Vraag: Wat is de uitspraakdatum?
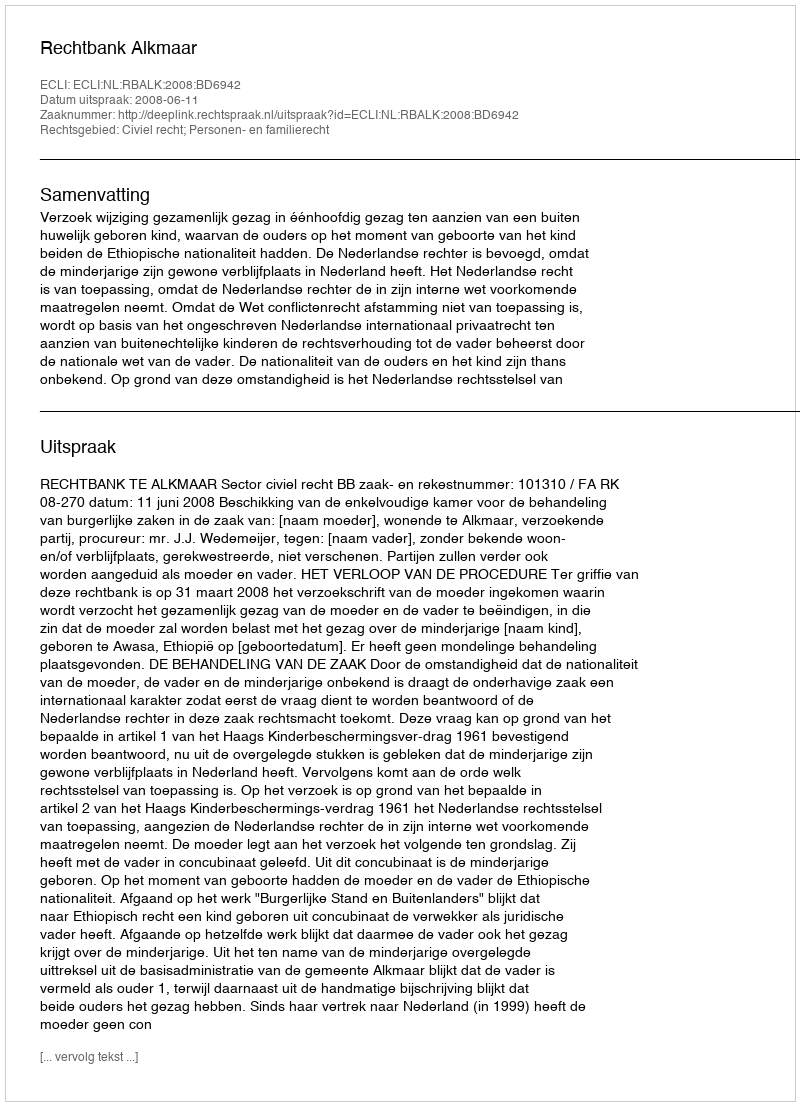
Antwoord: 2008-06-11